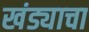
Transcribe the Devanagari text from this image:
खंड्याचा